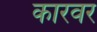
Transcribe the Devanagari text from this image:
कारवर